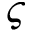
\varsigma